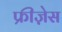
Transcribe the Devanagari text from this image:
फ्रीज़ेस